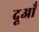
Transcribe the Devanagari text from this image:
दूआँ